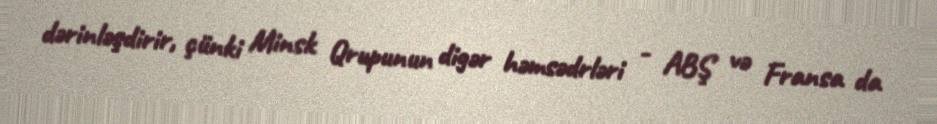
dərinləşdirir, çünki Minsk Qrupunun digər həmsədrləri - ABŞ və Fransa da